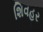
શિવહર